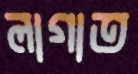
লাগাত